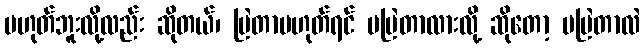
မဟုတ်ဘူးလို့လည်း ဆိုတယ်၊ မြဲတာမဟုတ်ရင် မမြဲတာလားလို့ ဆိုတော့ မမြဲတာလဲ